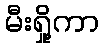
မီးရှို့ကာ